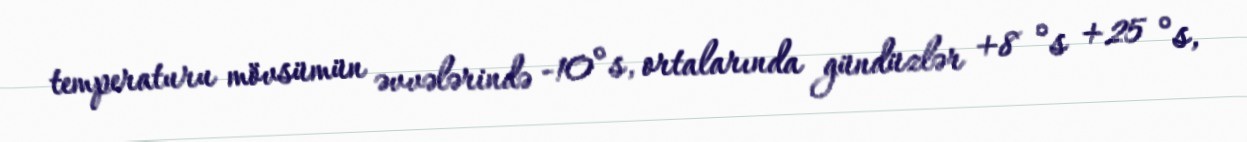
temperaturu mövsümün əvvələrində -10°s, ortalarında gündüzlər +8 °s +25 °s,